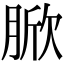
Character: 𦜓